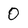
Character: 0